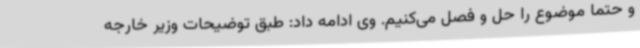
و حتما موضوع را حل و فصل می‌کنیم. وی ادامه داد: طبق توضیحات وزیر خارجه